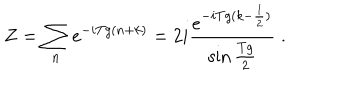
LaTeX: Z = \sum _ { n } e ^ { - i T g ( n + k ) } = 2 i \frac { e ^ { - i T g ( k - \frac { 1 } { 2 } ) } } { \sin \frac { T g } { 2 } } \; .